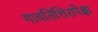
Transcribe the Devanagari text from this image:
गावतित्तिरापेक्षा